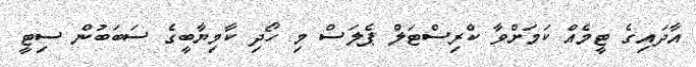
އާދައިގެ ޓީމެއް ކަމަށްވާ ކްރިސްޓަލް ޕެލަސް މި ހޯދި ކާމިޔާބީގެ ސަބަބުން ސިޓީ